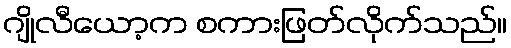
ဂျိုလီယော့က စကားဖြတ်လိုက်သည်။